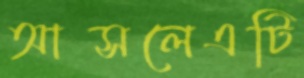
আসলেএটি